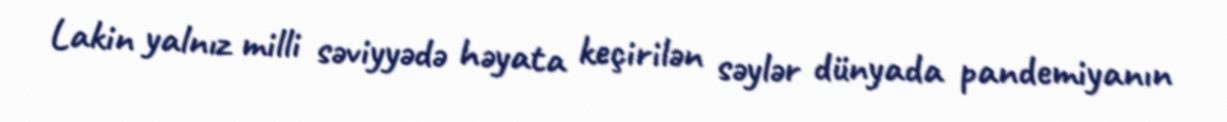
Lakin yalnız milli səviyyədə həyata keçirilən səylər dünyada pandemiyanın